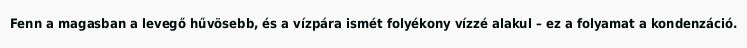
Fenn a magasban a levegő hűvösebb, és a vízpára ismét folyékony vízzé alakul – ez a folyamat a kondenzáció.